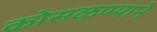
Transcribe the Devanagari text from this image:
कोसळण्याने